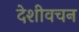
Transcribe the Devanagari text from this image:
देशीवचन